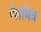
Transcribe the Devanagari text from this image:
देशमित्र